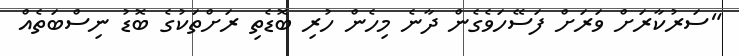
"ސަރުކާރަށް ވަރަށް ފަސޭހަވެގެން ދާނެ މިހެން ހުރި ބޮޑެތި ރަށްތަކުގެ ބޮޑު ނިސްބަތެއް